Plague in India, 1896, 1897 - Volume 3
Year: 1896
Disease focus: Plague
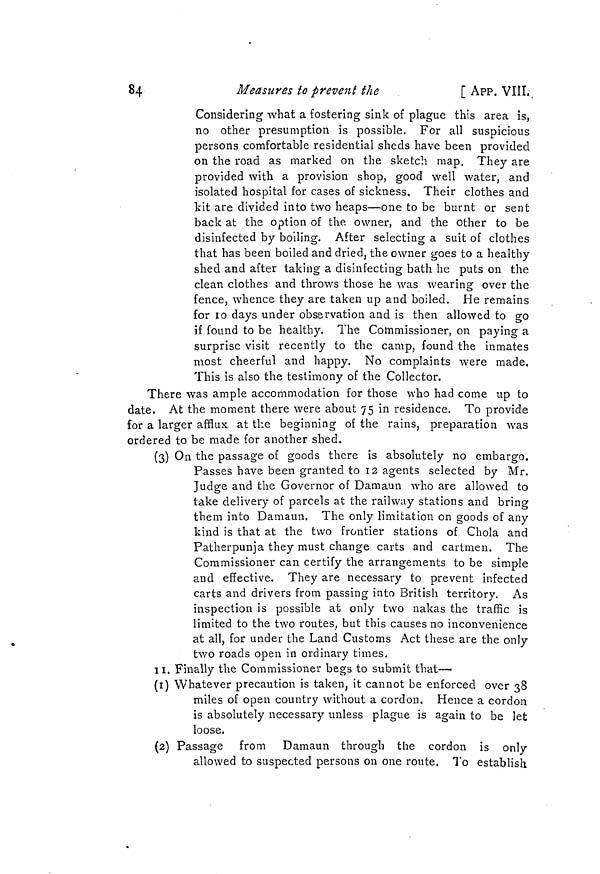
84
Measures to prevent the
[ APP. VIII,
Considering what a fostering sink of plague this area is,
no other presumption is possible. For all suspicious
persons comfortable residential sheds have been provided
on the road as marked on the sketch map. They are
provided with a provision shop, good well water, and
isolated hospital for cases of sickness. Their clothes and
kit are divided into two heaps—one to be burnt or sent
back at the option of the owner, and the other to be
disinfected by boiling. After selecting a suit of clothes
that has been boiled and dried, the owner goes to a healthy
shed and after taking a disinfecting bath he puts on the
clean clothes and throws those he was wearing over the
fence, whence they are taken up and boiled. He remains
for 10 days under observation and is then allowed to go
if found to be healthy. The Commissioner, on paying a
surprise visit recently to the camp, found the inmates
most cheerful and happy. No complaints were made.
This is also the testimony of the Collector.
There was ample accommodation for those who had come up to
date. At the moment there were about 75 in residence. To provide
for a larger afflux at the beginning of the rains, preparation was
ordered to be made for another shed.
(3) On the passage of goods there is absolutely no embargo.
Passes have been granted to 12 agents selected by Mr.
Judge and the Governor of Damaun who are allowed to
take delivery of parcels at the railway stations and bring
them into Damaun. The only limitation on goods of any
kind is that at the two frontier stations of Chola and
Patherpunja they must change carts and cartmen. The
Commissioner can certify the arrangements to be simple
and effective. They are necessary to prevent infected
carts and drivers from passing into British territory. As
inspection is possible at only two nakas the traffic is
limited to the two routes, but this causes no inconvenience
at all, for under the Land Customs Act these are the only
two roads open in ordinary times,
II. Finally the Commissioner begs to submit that—•
(1) Whatever precaution is taken, it cannot be enforced over 38
miles of open country without a cordon. Hence a cordon
is absolutely necessary unless plague is again to be let
loose.
(2) Passage from Damaun through the cordon is only
allowed to suspected persons on one route. To establish